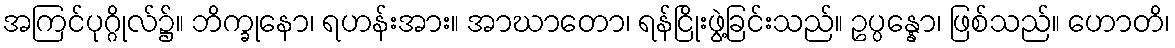
အကြင်ပုဂ္ဂိုလ်၌။ ဘိက္ခုနော၊ ရဟန်းအား။ အာဃာတော၊ ရန်ငြိုးဖွဲ့ခြင်းသည်။ ဥပ္ပန္နော၊ ဖြစ်သည်။ ဟောတိ၊